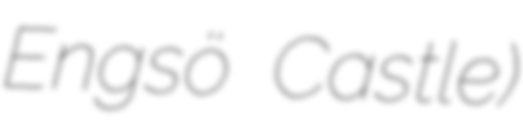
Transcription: Engsö Castle)